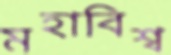
মহাবিশ্ব